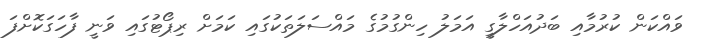
ވައްކަން ކުރުމާއި ބަދުއަހްލާގީ އަމަލު ހިންގުމުގެ މައްސަލަތަކުގައި ކަމަށް ރިޕޯޓުގައި ވަނީ ފާހަގަކޮށްފަ